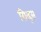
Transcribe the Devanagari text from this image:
ग्रिव्ह्स